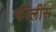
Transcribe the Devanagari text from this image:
कीलीस